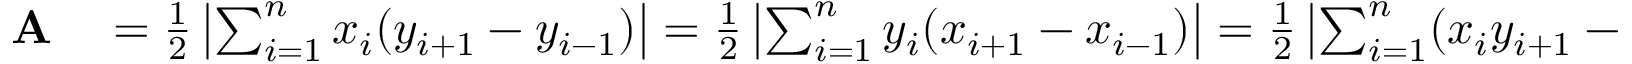
\begin{array} { r l } { \mathbf { A } } & { { } = { \frac { 1 } { 2 } } \left| \sum _ { i = 1 } ^ { n } x _ { i } ( y _ { i + 1 } - y _ { i - 1 } ) \right| = { \frac { 1 } { 2 } } \left| \sum _ { i = 1 } ^ { n } y _ { i } ( x _ { i + 1 } - x _ { i - 1 } ) \right| = { \frac { 1 } { 2 } } \left| \sum _ { i = 1 } ^ { n } ( x _ { i } y _ { i + 1 } - x _ { i + 1 } y _ { i } ) \right| } \end{array}